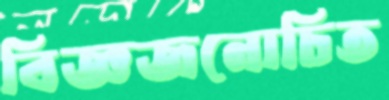
বিজ্ঞজনোচিত